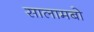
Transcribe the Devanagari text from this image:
सालामबो